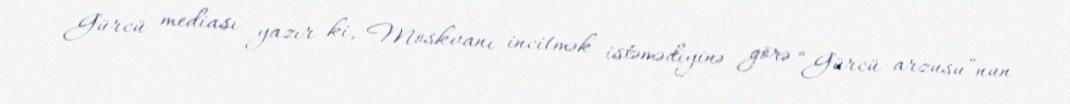
Gürcü mediası yazır ki, Moskvanı incitmək istəmədiyinə görə “Gürcü arzusu”nun